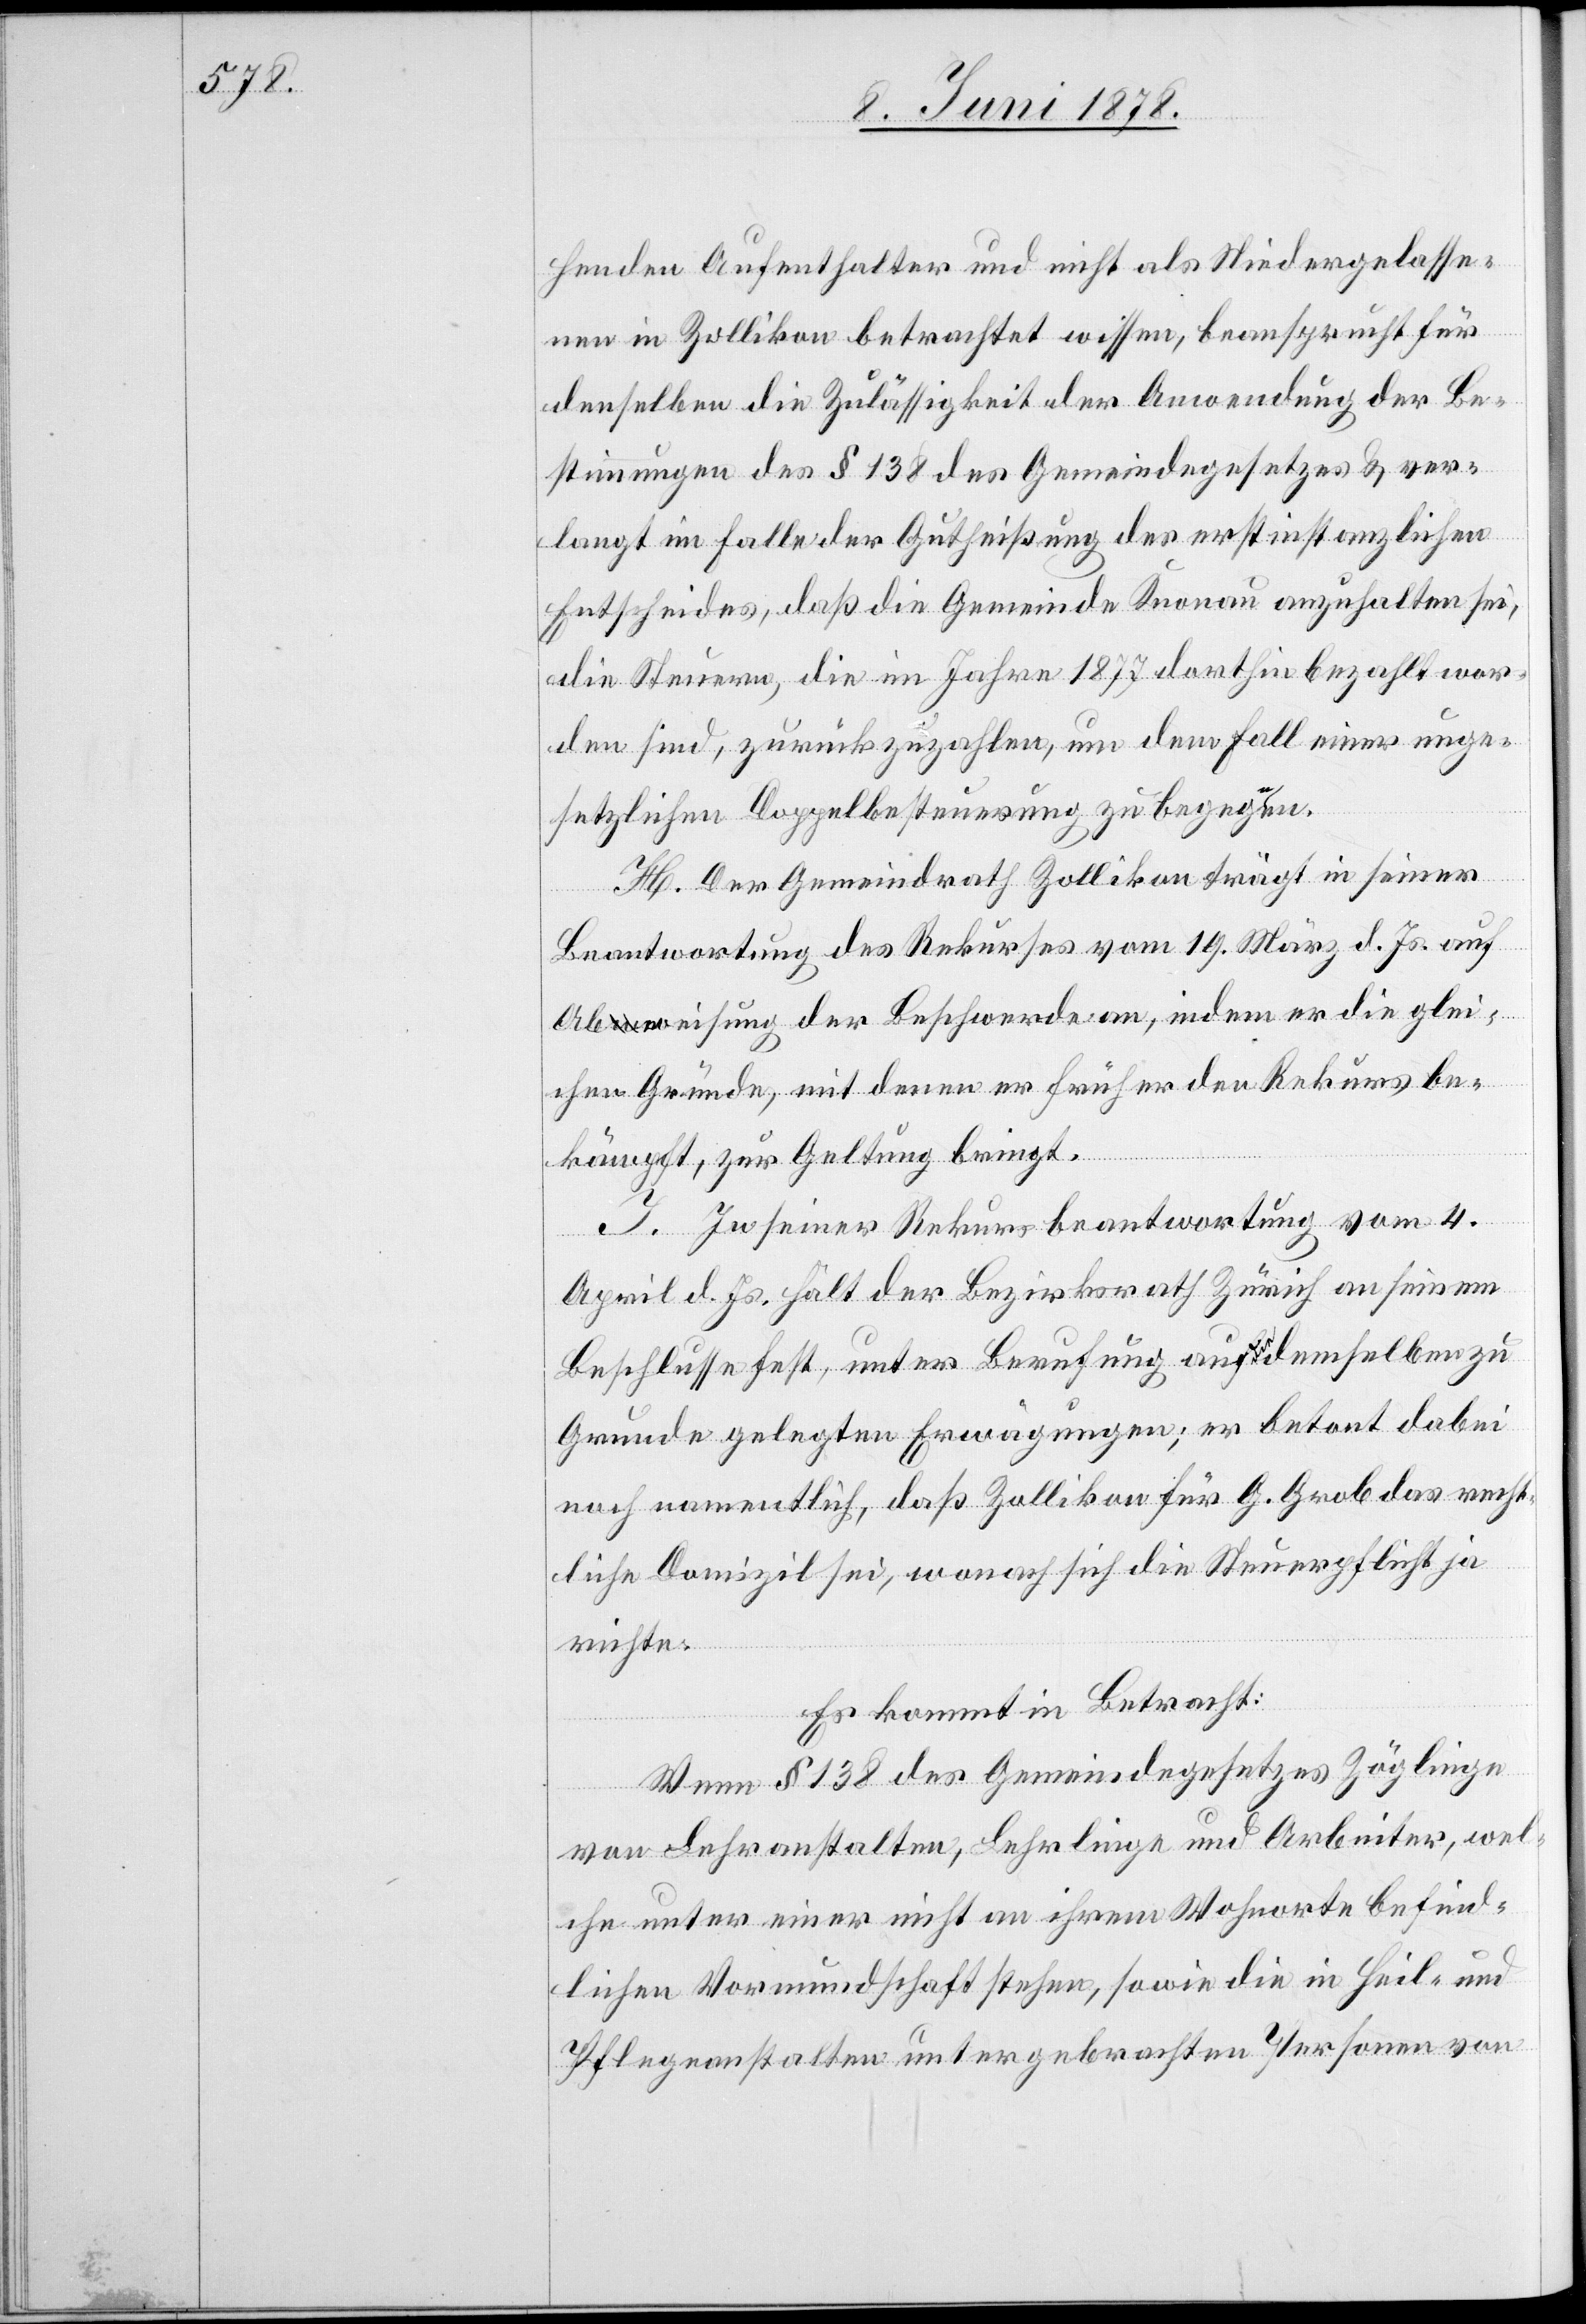
henden Aufenthalter und nicht als Niedergelasse¬
nen in Zollikon betrachtet wissen, beansprucht für
denselben die Zulässigkeit der Anwendung der Be¬
stimmungen des § 138 des Gemeindegesetzes & ver¬
langt im Falle der Gutheißung des erstinstanzlichen
Entscheides, daß die Gemeinde Knonau anzuhalten sei,
die Steuern, die im Jahre 1877 dorthin bezahlt wor¬
den sind, zurückzuzahlen, um dem Fall einer unge¬
setzlichen Doppelbesteuerung zu begegnen.
H. Der Gemeindrath Zollikon trägt in seiner
Beantwortung des Rekurses vom 19. März d. Js. auf
Abweisung der Beschwerde an, indem er die glei¬
chen Gründe, mit denen er früher den Rekurs be¬
kämpft, zur Geltung bringt.
I. In seiner Rekursbeantwortung vom 4.
April d. Js. hält der Bezirksrath Zürich an seinem
Beschlusse fest, unter Berufung auf die demselben zu
Grunde gelegten Erwägungen; er betont dabei
noch namentlich, daß Zollikon für G. Grob das recht¬
liche Domizil sei, wonach sich die Steuerpflicht ja
richte.
Es kommt in Betracht:
Wenn § 138 des Gemeindegesetzes Zöglinge
von Lehranstalten, Lehrlinge und Arbeiter, wel¬
che unter einer nicht an ihrem Wohnorte befind¬
lichen Vormundschaft stehen, sowie die in Heil- und
Pflegeanstalten untergebrachten Personen von